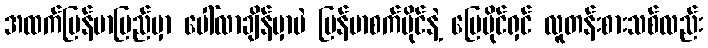
အထက်မြန်မာပြည်မှာ ပေါ်လာချိန်မှာပဲ မြန်မာစက်ပိုင်နဲ့ မြေပိုင်ရှင် လူတန်းစားသစ်လည်း